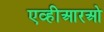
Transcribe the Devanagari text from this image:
एव्हीआरओ